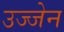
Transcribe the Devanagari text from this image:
उज्‍जेन